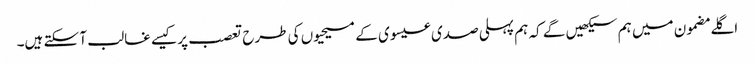
‏ اگلے مضمون میں ہم سیکھیں گے کہ ہم پہلی صدی عیسوی کے مسیحیوں کی طرح تعصب پر کیسے غالب آ سکتے ہیں۔